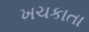
ખચકાતા